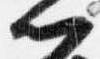
門